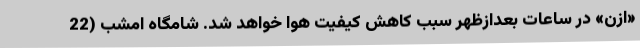
«ازن» در ساعات بعدازظهر سبب کاهش کیفیت هوا خواهد شد. شامگاه امشب (22